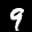
Label: 9